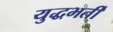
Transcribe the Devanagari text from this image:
युद्धभर्ती